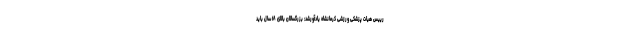
رییس هیات پزشکی ورزشی کرمانشاه یادآورشد: بزرگسالان بالای ۱۸ سال باید